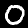
Digit: 0